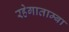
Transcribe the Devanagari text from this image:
रहेगाताम्बा